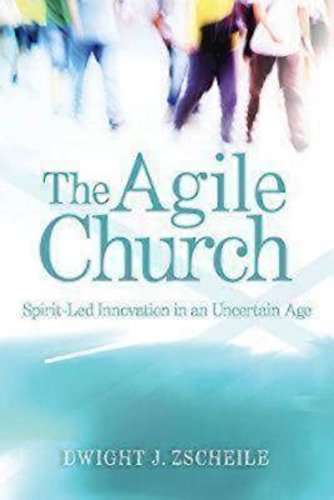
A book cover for The Agile Church: Spirit-Led Innovation in an Uncertain Age; Dwight J. Zscheile; Christian Books & Bibles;